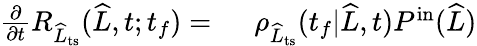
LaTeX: \begin{array}{rlr}{\frac{\partial}{\partial t}R_{\widehat{L}_{\mathrm{ts}}}(\widehat{L},t;t_{f})=\ }&{{}\rho_{\widehat{L}_{\mathrm{ts}}}(t_{f}|\widehat{L},t)P^{\mathrm{in}}(\widehat{L})}\end{array}